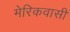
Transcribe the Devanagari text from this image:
मेरिकवासी